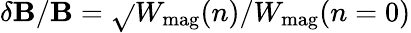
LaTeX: \delta\mathbf{B}/\mathbf{B}=\sqrt{}{{W_{\mathrm{{mag}}}(n)/W_{\mathrm{{mag}}}(n=0)}}